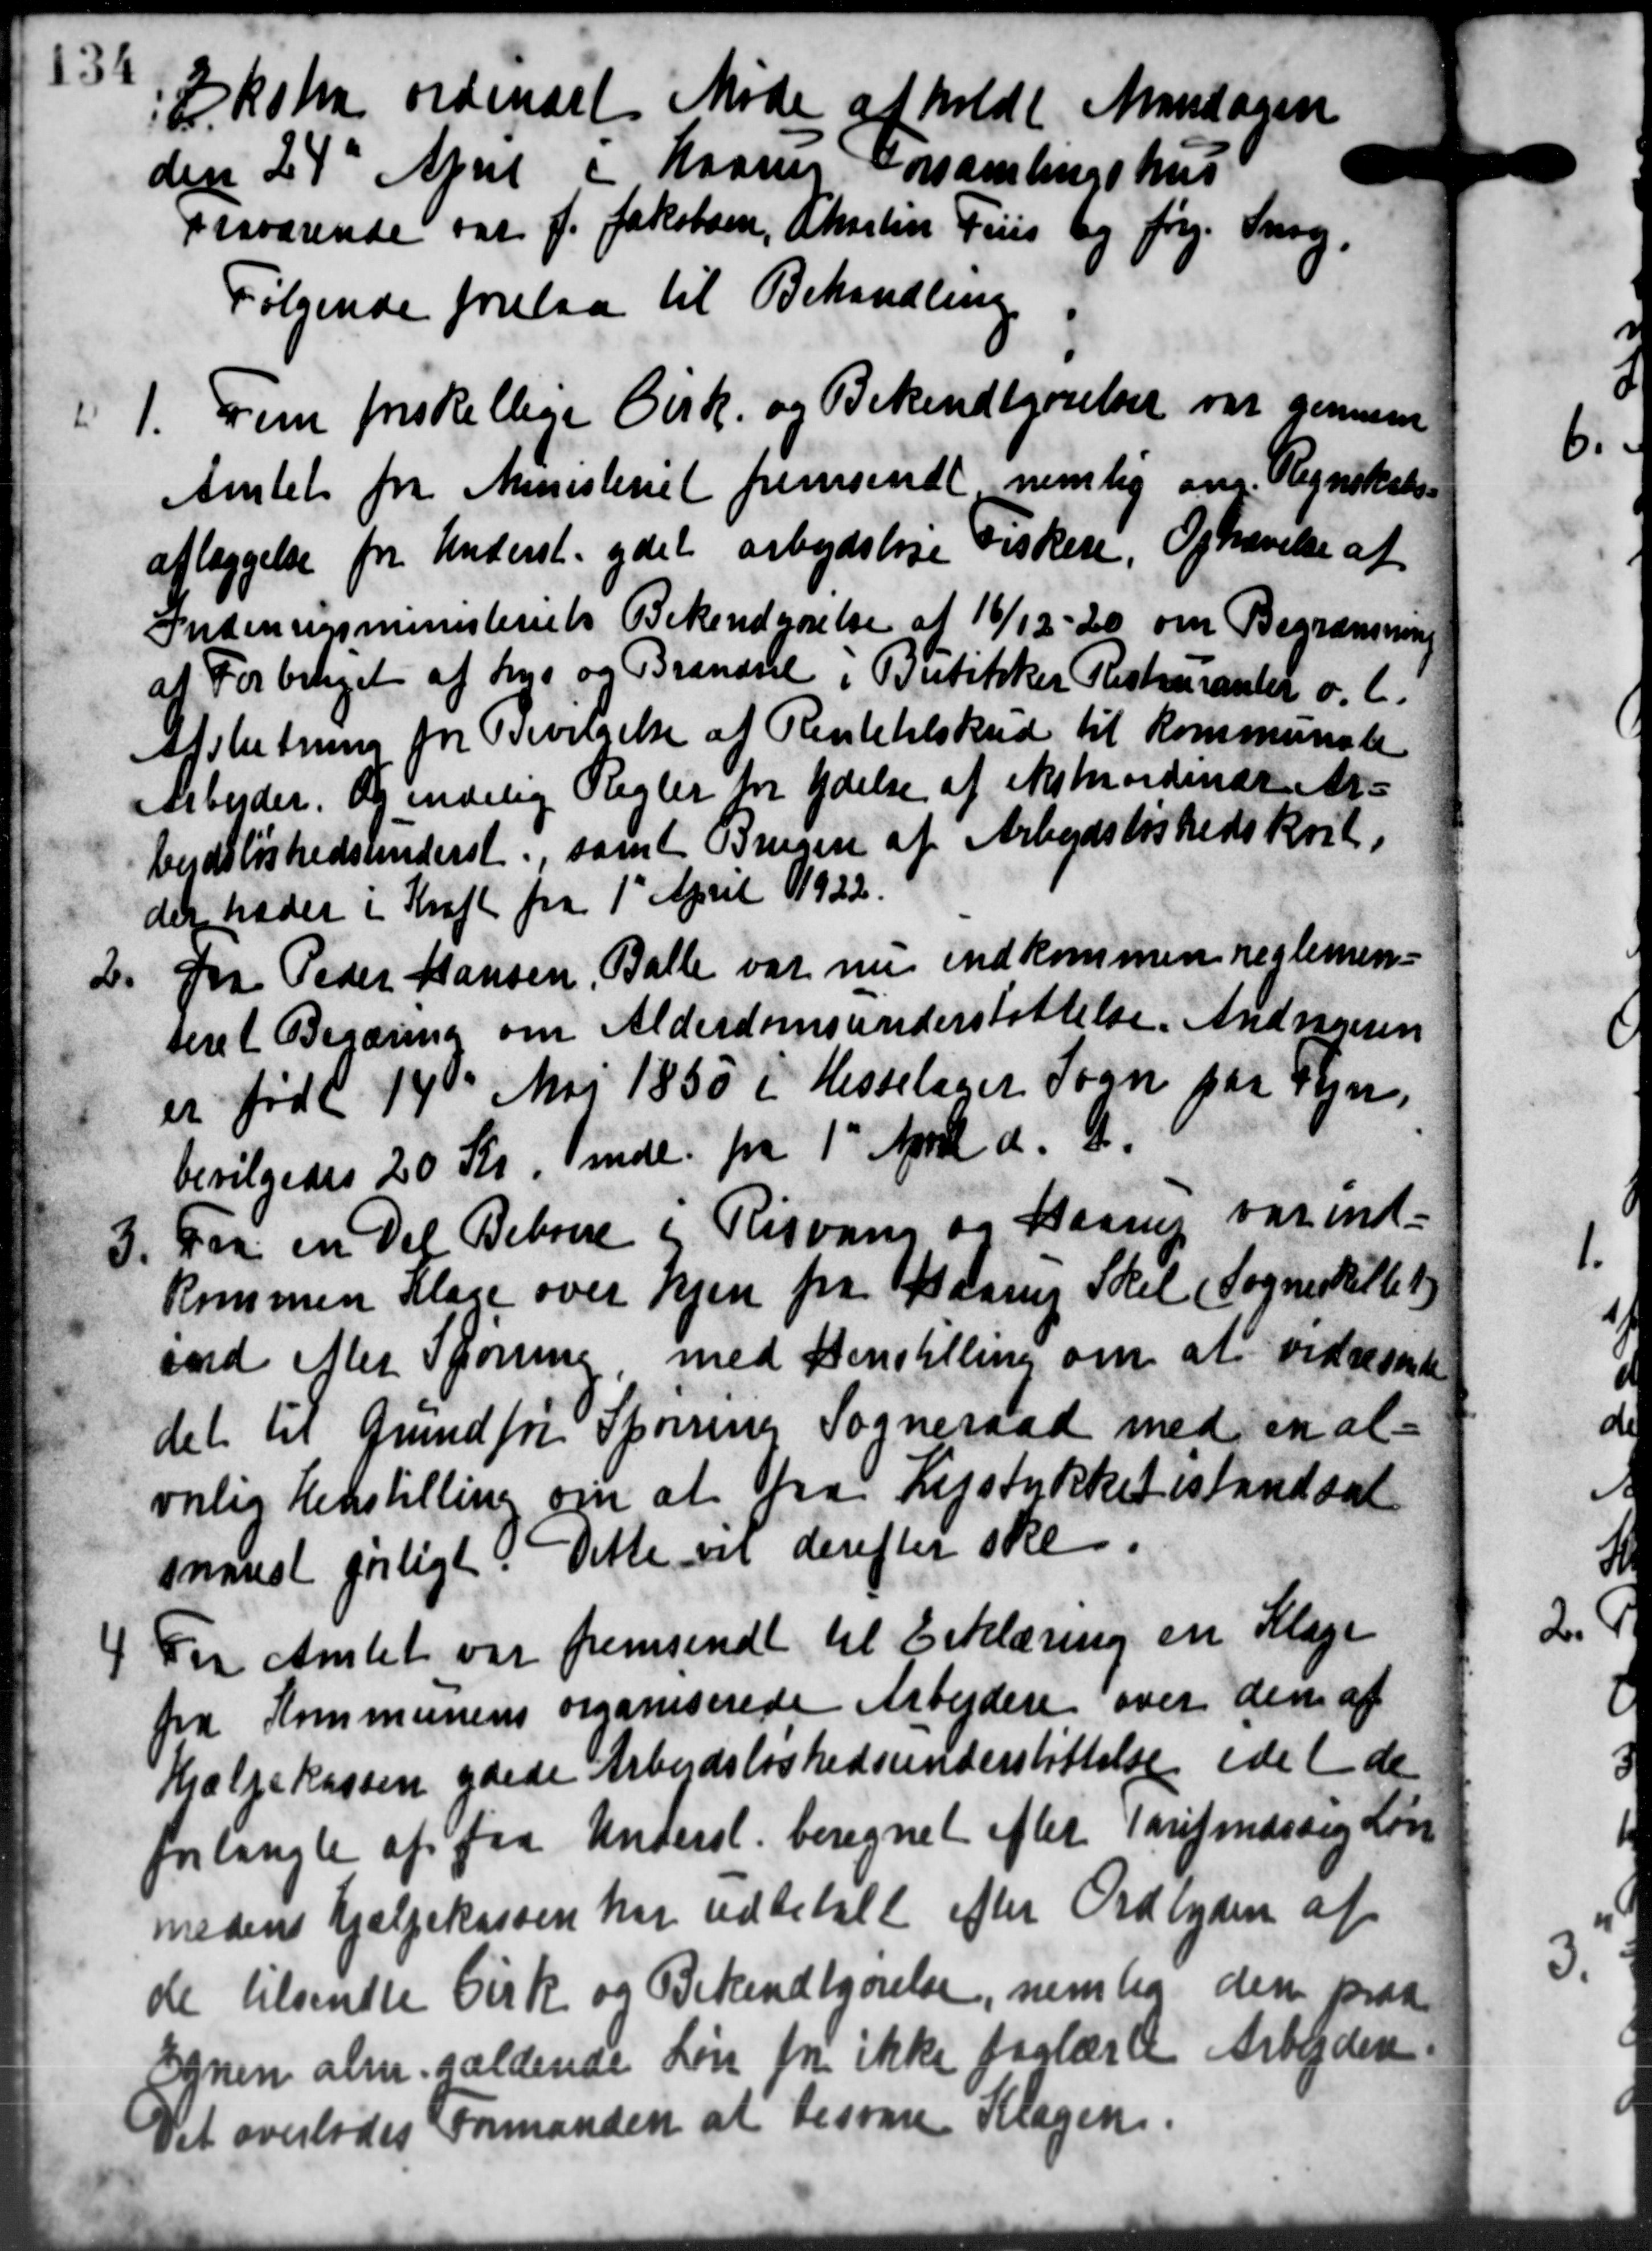
Transskription:
Ekstra ordinært Møde afholdt Mandagen
den 24' April i Maanes Forsamlingshus
Fraværende var J. Jakobsen, Charlin Friis og Jørg. Snog,
Følgende forelaa til Behandling
1. Fem forskellige Cirk. og Bekendtgørelser var gennem
1. Fem forskellige Cirk. og Bekendtgørelser var gennem
Amtet fra Ministeriet fremsendt nemlig om Regnskabs-
aflæggelse fra Underst ydet arbejdsløse Fiskere, Ophævelse af
Indenrigsministeriets Bekendgørelse af 16/12 - 20 om Begrænsning
af Forbilaget af Lys og Brændsel i Butikker Restauranter o. l.
Afslutning for Bevilgelse af Rentetilskud til Kommunale
Aarbejder. Og endelig Regler for Ydelse af ekstraordinær Ar-
bejdsløshedsunderst., samt Brugere af Arbejdsløshedskort.
der træder i Kraft fra 1' April 1922.
2. fra Peder Hansen, Balle var nu indkommen reglemen-
2. fra Peder Hansen, Balle var nu indkommen reglemen-
seret Begæring om Alderdomsunderstøttelse. Andragern
er født 14de Maj 1850 i Hesselaget Sogn paa Fyn,
bevilgedes 20 Kr. mdl. fra 1' April d. A.
3.
Faa en Del Beboere i Risvang og Haarup var ind-
kommen Klage over hjem fra Haarup Skel (Sogneskille t
end efter Sørene med Henstilling om at vidresende
det til Grundfor Spørring Sogneraad med en al-
varlig Henstilling om at fra Lejstykket istandsat
snarest forligt. Dette vil derefter ske.
4 Fra Amtet var fremsendt til Erklæring en Klage
4 Fra Amtet var fremsendt til Erklæring en Klage
fra Kommunens organiserede Arbejdere over den af
Hjælpekassen ydede Arbejdsløshedsunderstøttelse idet de
forlangte af fra Underst. beregnet efter Tarifmæssig Løn
medens hjælpekassen har udbetalt efter Ordlyden af
de tilsendte Cirk og Bekendtgørelse, nem fra den paa
Egnen alm. gældende Løn fra ikke faglære Arbejdere.
Det overlodes Formanden at besvare Klagen